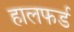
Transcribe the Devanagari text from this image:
हालफर्ड